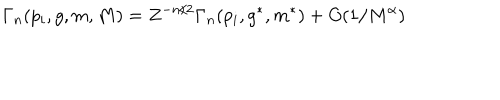
\Gamma _ { n } ( p _ { i } , g , m , M ) = Z ^ { - n / 2 } \Gamma _ { n } ( p _ { i } , g ^ { * } , m ^ { * } ) + O ( 1 / M ^ { \alpha } )